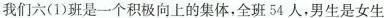
我们六(1)班是一个积极向上的集体，全班54人，男生是女生